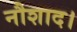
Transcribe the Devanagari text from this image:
नौशाद।